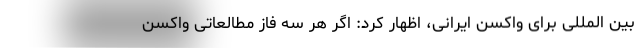
بین المللی برای واکسن ایرانی، اظهار کرد: اگر هر سه فاز مطالعاتی واکسن